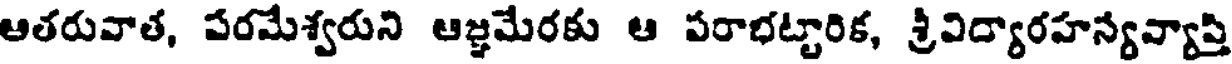
ఆతరువాత, పరమేశ్వరుని ఆజ్ఞమేరకు ఆ పరాభట్టారిక, శ్రీవిద్యారహన్యవ్యాప్తి